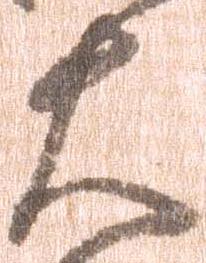
大